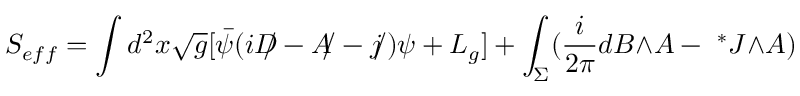
S _ { e f f } = \int d ^ { 2 } x \sqrt { g } [ { \bar { \psi } } ( i { D \! \! \! / } - { A \! \! / } - { j \! \! / } ) \psi + L _ { g } ] + \int _ { \Sigma } ( \frac { i } { 2 \pi } d B { \wedge } A - { \ ^ { * } J } { \wedge } A )